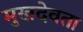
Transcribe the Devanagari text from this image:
मुखदेवता